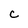
Character: C